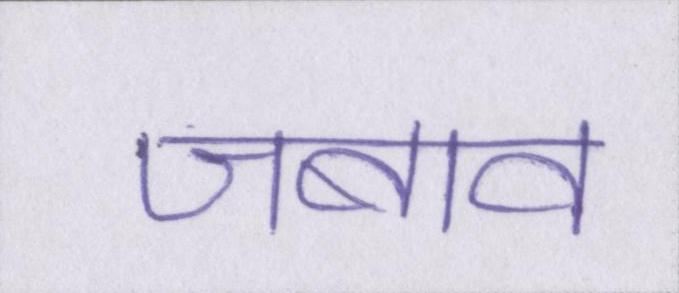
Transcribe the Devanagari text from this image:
जबाव